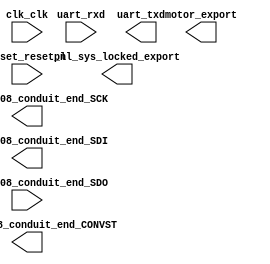

module arduino_adc (
	adc_ltc2308_conduit_end_CONVST,
	adc_ltc2308_conduit_end_SCK,
	adc_ltc2308_conduit_end_SDI,
	adc_ltc2308_conduit_end_SDO,
	clk_clk,
	motor_export,
	pll_sys_locked_export,
	reset_reset_n,
	uart_rxd,
	uart_txd);	

	output		adc_ltc2308_conduit_end_CONVST;
	output		adc_ltc2308_conduit_end_SCK;
	output		adc_ltc2308_conduit_end_SDI;
	input		adc_ltc2308_conduit_end_SDO;
	input		clk_clk;
	output	[3:0]	motor_export;
	output		pll_sys_locked_export;
	input		reset_reset_n;
	input		uart_rxd;
	output		uart_txd;
endmodule